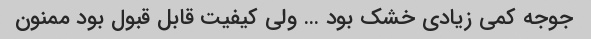
جوجه کمی زیادی خشک بود … ولی کیفیت قابل قبول بود ممنون